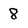
Character: 8